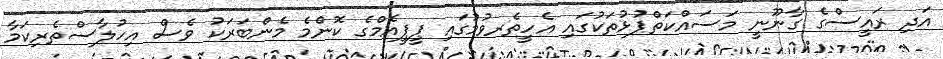
އަދި ރައީސްގެ ގާނޫނީ މަސައްކަތްޕުޅުތަކުގައި އެހީތެރވުމުގައި ޕީޕީއެމްގެ ކޮންމެ މެންބަރަކު ވެސް އިހުލާސްތެރިކަމާ